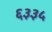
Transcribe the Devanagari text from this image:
६३३५